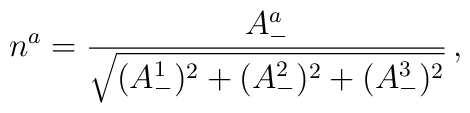
n^a = \frac{A^a_-}{ \sqrt{(A_-^1)^2 + (A_-^2)^2 + (A_-^3)^2} }\,,